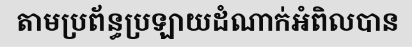
តាមប្រព័ន្ធប្រឡាយដំណាក់អំពិលបាន